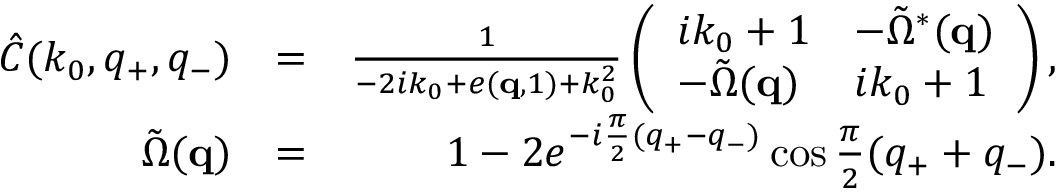
\begin{array} { r l r } { \hat { C } ( k _ { 0 } , q _ { + } , q _ { - } ) } & { = } & { \frac { 1 } { - 2 i k _ { 0 } + e ( { \bf q } , 1 ) + k _ { 0 } ^ { 2 } } \left( \begin{array} { l l } { i k _ { 0 } + 1 } & { - \tilde { \Omega } ^ { * } ( { \bf q } ) } \\ { - \tilde { \Omega } ( { \bf q } ) } & { i k _ { 0 } + 1 } \end{array} \right) , } \\ { \tilde { \Omega } ( { \bf q } ) } & { = } & { 1 - 2 e ^ { - i \frac { \pi } { 2 } ( q _ { + } - q _ { - } ) } \cos \frac { \pi } { 2 } ( q _ { + } + q _ { - } ) . } \end{array}